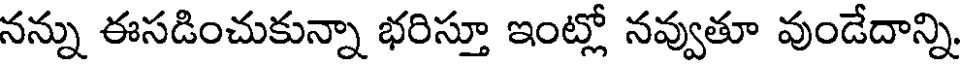
నన్ను ఈసడించుకున్నా భరిస్తూ ఇంట్లో నవ్వుతూ వుండేదాన్ని.